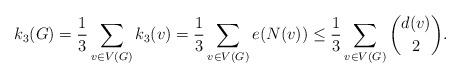
LaTeX: \begin{align*}k_3(G) = \frac{1}{3}\sum_{v\in V(G)}k_3(v) = \frac13\sum_{v\in V(G)} e(N(v)) \le \frac13\sum_{v\in V(G)}\binom{d(v)}2.\end{align*}